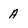
Character: A